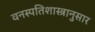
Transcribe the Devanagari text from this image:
वनस्पतिशास्त्रानुसार